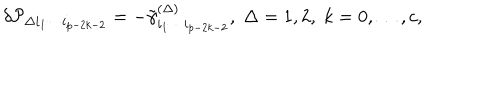
\delta { \cal P } _ { \Delta i _ { 1 } \cdots i _ { p - 2 k - 2 } } = - \tilde { \gamma } _ { i _ { 1 } \cdots i _ { p - 2 k - 2 } } ^ { ( \Delta ) } , \; \Delta = 1 , 2 , \; k = 0 , \ldots , c ,